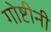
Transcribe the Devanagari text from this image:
गोष्टीनी